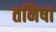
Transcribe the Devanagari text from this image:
तनिषा